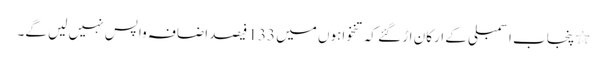
٭پنجاب اسمبلی کے ارکان اڑ گئے کہ تنخواہوں میں 133 فیصد اضافہ واپس نہیں لیں گے۔